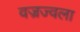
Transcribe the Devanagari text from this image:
वज्रज्वला